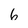
Character: 6